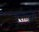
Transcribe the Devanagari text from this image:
देशाद्वारे